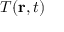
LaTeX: T ( \mathbf { r } , t )